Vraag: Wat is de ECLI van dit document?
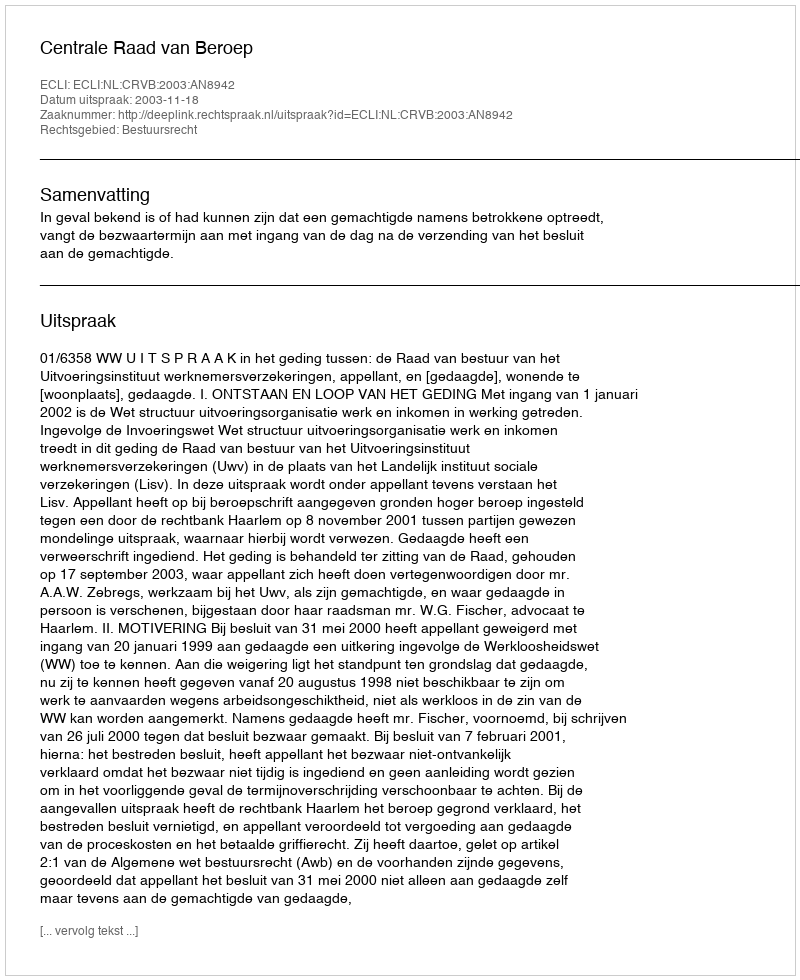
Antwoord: ECLI:NL:CRVB:2003:AN8942